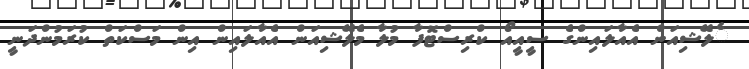
ެލޭޝިއަން އެއާލައިންގެ ސީއީއޯ ކްރިސްޓޮފާ މުލާ މެލޭޝިއަން އެއާލައިން އިން މަސްކަތް ކުރަމުންދަނީ